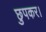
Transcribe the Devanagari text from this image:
छुपकर।